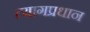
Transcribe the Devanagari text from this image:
त्यागप्रधान